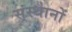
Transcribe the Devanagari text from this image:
स्ंस्थानों